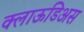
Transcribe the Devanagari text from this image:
क्लाऊडिअस